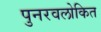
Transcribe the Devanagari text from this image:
पुनरवलोकित